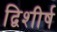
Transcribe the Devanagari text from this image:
द्विशीर्ष